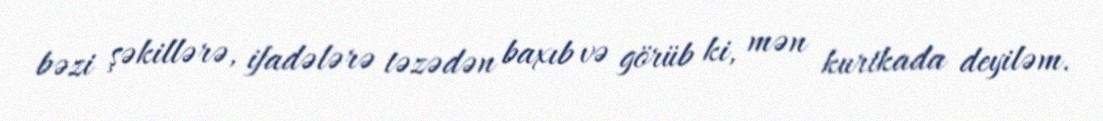
bəzi şəkillərə, ifadələrə təzədən baxıb və görüb ki, mən kurtkada deyiləm.